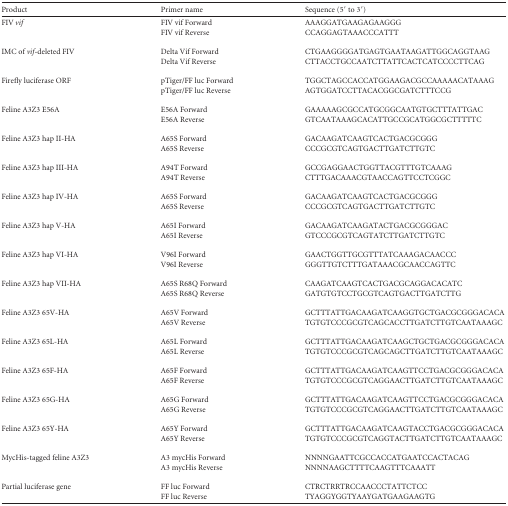
<table><thead><tr><td><b>Product</b></td><td><b>Primer name</b></td><td><b>Sequence (5′ to 3′)</b></td></tr></thead><tbody><tr><td rowspan="2">FIV <i>vif</i></td><td>FIV vif Forward</td><td>AAAGGATGAAGAGAAGGG</td></tr><tr><td>FIV vif Reverse</td><td>CCAGGAGTAAACCCATTT</td></tr><tr><td rowspan="2">IMC of <i>vif</i>-deleted FIV</td><td>Delta Vif Forward</td><td>CTGAAGGGGATGAGTGAATAAGATTGGCAGGTAAG</td></tr><tr><td>Delta Vif Reverse</td><td>CTTACCTGCCAATCTTATTCACTCATCCCCTTCAG</td></tr><tr><td rowspan="2">Firefly luciferase ORF</td><td>pTiger/FF luc Forward</td><td>TGGCTAGCCACCATGGAAGACGCCAAAAACATAAAG</td></tr><tr><td>pTiger/FF luc Reverse</td><td>AGTGGATCCTTACACGGCGATCTTTCCG</td></tr><tr><td rowspan="2">Feline A3Z3 E56A</td><td>E56A Forward</td><td>GAAAAAGCGCCATGCGGCAATGTGCTTTATTGAC</td></tr><tr><td>E56A Reverse</td><td>GTCAATAAAGCACATTGCCGCATGGCGCTTTTTC</td></tr><tr><td rowspan="2">Feline A3Z3 hap II-HA</td><td>A65S Forward</td><td>GACAAGATCAAGTCACTGACGCGGG</td></tr><tr><td>A65S Reverse</td><td>CCCGCGTCAGTGACTTGATCTTGTC</td></tr><tr><td rowspan="2">Feline A3Z3 hap III-HA</td><td>A94T Forward</td><td>GCCGAGGAACTGGTTACGTTTGTCAAAG</td></tr><tr><td>A94T Reverse</td><td>CTTTGACAAACGTAACCAGTTCCTCGGC</td></tr><tr><td rowspan="2">Feline A3Z3 hap IV-HA</td><td>A65S Forward</td><td>GACAAGATCAAGTCACTGACGCGGG</td></tr><tr><td>A65S Reverse</td><td>CCCGCGTCAGTGACTTGATCTTGTC</td></tr><tr><td rowspan="2">Feline A3Z3 hap V-HA</td><td>A65I Forward</td><td>GACAAGATCAAGATACTGACGCGGGAC</td></tr><tr><td>A65I Reverse</td><td>GTCCCGCGTCAGTATCTTGATCTTGTC</td></tr><tr><td rowspan="2">Feline A3Z3 hap VI-HA</td><td>V96I Forward</td><td>GAACTGGTTGCGTTTATCAAAGACAACCC</td></tr><tr><td>V96I Reverse</td><td>GGGTTGTCTTTGATAAACGCAACCAGTTC</td></tr><tr><td rowspan="2">Feline A3Z3 hap VII-HA</td><td>A65S R68Q Forward</td><td>CAAGATCAAGTCACTGACGCAGGACACATC</td></tr><tr><td>A65S R68Q Reverse</td><td>GATGTGTCCTGCGTCAGTGACTTGATCTTG</td></tr><tr><td rowspan="2">Feline A3Z3 65V-HA</td><td>A65V Forward</td><td>GCTTTATTGACAAGATCAAGGTGCTGACGCGGGACACA</td></tr><tr><td>A65V Reverse</td><td>TGTGTCCCGCGTCAGCACCTTGATCTTGTCAATAAAGC</td></tr><tr><td rowspan="2">Feline A3Z3 65L-HA</td><td>A65L Forward</td><td>GCTTTATTGACAAGATCAAGCTGCTGACGCGGGACACA</td></tr><tr><td>A65L Reverse</td><td>TGTGTCCCGCGTCAGCAGCTTGATCTTGTCAATAAAGC</td></tr><tr><td rowspan="2">Feline A3Z3 65F-HA</td><td>A65F Forward</td><td>GCTTTATTGACAAGATCAAGTTCCTGACGCGGGACACA</td></tr><tr><td>A65F Reverse</td><td>TGTGTCCCGCGTCAGGAACTTGATCTTGTCAATAAAGC</td></tr><tr><td rowspan="2">Feline A3Z3 65G-HA</td><td>A65G Forward</td><td>GCTTTATTGACAAGATCAAGTTCCTGACGCGGGACACA</td></tr><tr><td>A65G Reverse</td><td>TGTGTCCCGCGTCAGGAACTTGATCTTGTCAATAAAGC</td></tr><tr><td rowspan="2">Feline A3Z3 65Y-HA</td><td>A65Y Forward</td><td>GCTTTATTGACAAGATCAAGTACCTGACGCGGGACACA</td></tr><tr><td>A65Y Reverse</td><td>TGTGTCCCGCGTCAGGTACTTGATCTTGTCAATAAAGC</td></tr><tr><td rowspan="2">MycHis-tagged feline A3Z3</td><td>A3 mycHis Forward</td><td>NNNNGAATTCGCCACCATGAATCCACTACAG</td></tr><tr><td>A3 mycHis Reverse</td><td>NNNNAAGCTTTTCAAGTTTCAAATT</td></tr><tr><td rowspan="2">Partial luciferase gene</td><td>FF luc Forward</td><td>CTRCTRRTRCCAACCCTATTCTCC</td></tr><tr><td>FF luc Reverse</td><td>TYAGGYGGTYAAYGATGAAGAAGTG</td></tr></tbody></table>